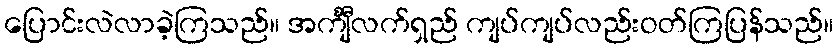
ပြောင်းလဲလာခဲ့ကြသည်။ အင်္ကျီလက်ရှည် ကျပ်ကျပ်လည်းဝတ်ကြပြန်သည်။